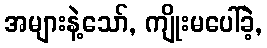
အများနဲ့သော်, ကျိုးမပေါ်ခဲ့,